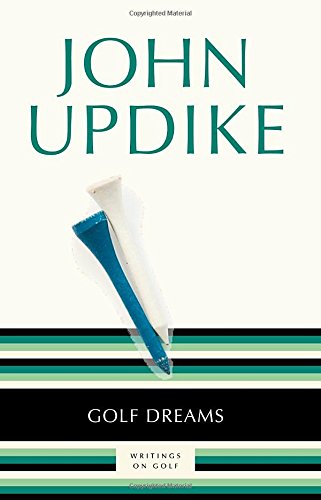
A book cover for Golf Dreams: Writings on Golf; John Updike; Biographies & Memoirs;